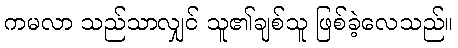
ကမလာ သည်သာလျှင် သူ၏ချစ်သူ ဖြစ်ခဲ့လေသည်။